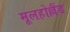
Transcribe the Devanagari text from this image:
मूलहोल्लैंड